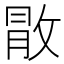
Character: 𢽵